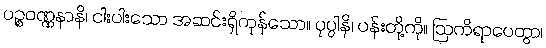
ပဉ္စဝဏ္ဏနာနိ၊ ငါးပါးသော အဆင်းရှိကုန်သော။ ပုပ္ပါနိ၊ ပန်းတို့ကို။ ဩကိရာပေတွာ၊